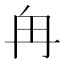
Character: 𫡒